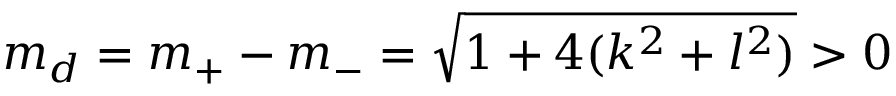
m _ { d } = m _ { + } - m _ { - } = \sqrt { 1 + 4 ( k ^ { 2 } + l ^ { 2 } ) } > 0